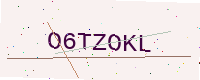
Text: O6TZOKL